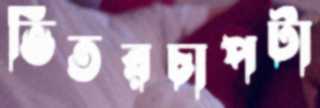
ভিতরচাপটা